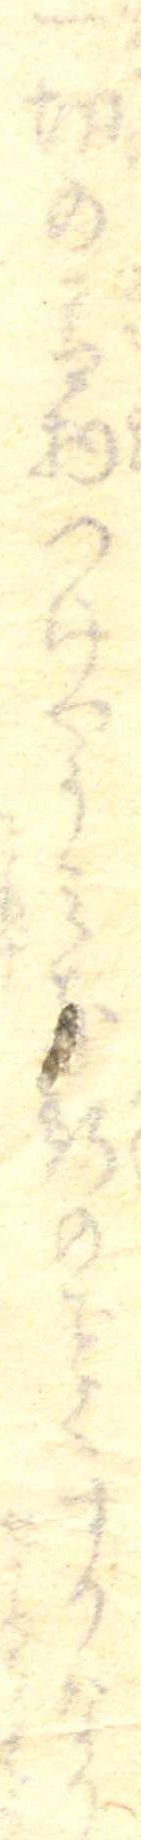
一切の青物つけやうみな斯のくするなり